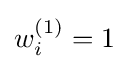
w_{i}^{(1)}=1